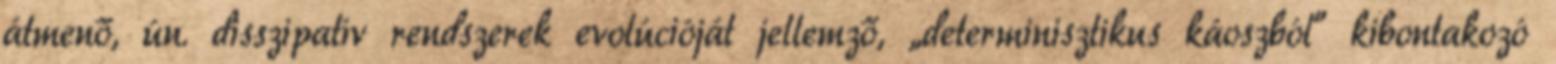
átmenő, ún. disszipatív rendszerek evolúcióját jellemző, „determinisztikus káoszból” kibontakozó